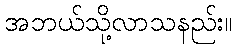
အဘယ်သို့လာသနည်း။